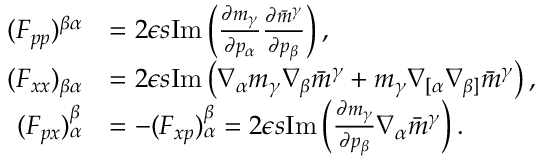
\begin{array} { r l } { ( F _ { p p } ) ^ { \beta \alpha } } & { = 2 \epsilon s \mathrm { I m } \left( \frac { \partial m _ { \gamma } } { \partial p _ { \alpha } } \frac { \partial \bar { m } ^ { \gamma } } { \partial p _ { \beta } } \right) , } \\ { ( F _ { x x } ) _ { \beta \alpha } } & { = 2 \epsilon s \mathrm { I m } \left( \nabla _ { \alpha } m _ { \gamma } \nabla _ { \beta } \bar { m } ^ { \gamma } + m _ { \gamma } \nabla _ { [ \alpha } \nabla _ { \beta ] } \bar { m } ^ { \gamma } \right) , } \\ { ( F _ { p x } ) _ { \alpha } ^ { \beta } } & { = - ( F _ { x p } ) ^ { \beta } _ { \alpha } = 2 \epsilon s \mathrm { I m } \left( \frac { \partial m _ { \gamma } } { \partial p _ { \beta } } \nabla _ { \alpha } \bar { m } ^ { \gamma } \right) . } \end{array}